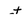
Character: t